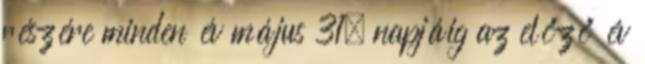
részére minden év május 31. napjáig az előző év